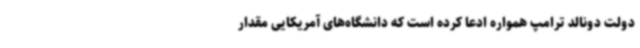
دولت دونالد ترامپ همواره ادعا کرده است که دانشگاه‌های آمریکایی مقدار